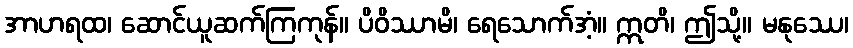
အာဟရထ၊ ဆောင်ယူဆက်ကြကုန်။ ပိဝိဿာမိ၊ ရေသောက်အံ့။ ဣတိ၊ ဤသို့။ မနုဿေ၊